Civil Veterinary Department Bihar reports 1936-40 - 1936-1940
Year: 1936
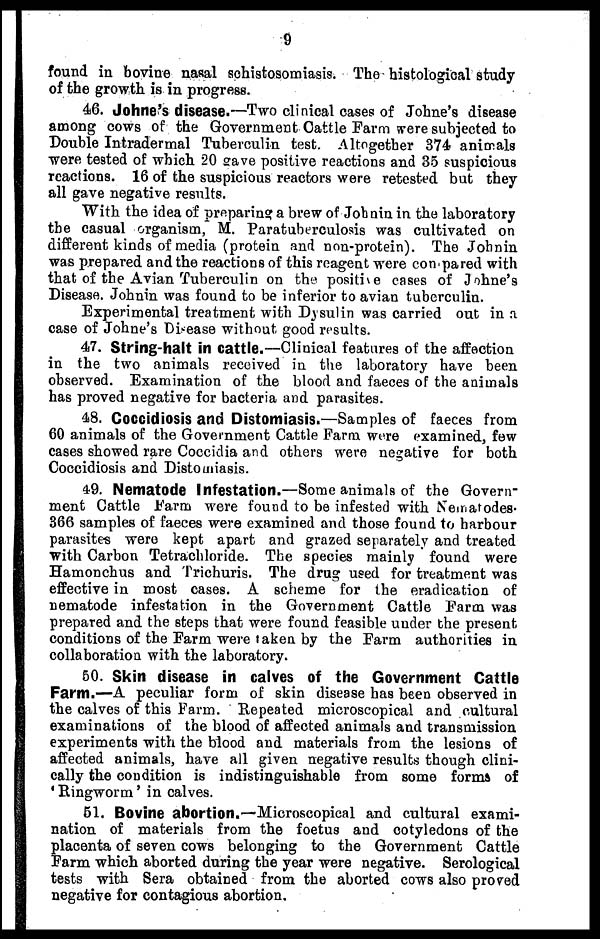
9
found in bovine nasal schistosomiasis. The histological study
of the growth is in progress.
46. Johne's disease.—Two clinical cases of Johne's disease
among cows of the Government Cattle Farm were subjected to
Double Intradermal Tuberculin test. Altogether 374 animals
were tested of which 20 gave positive reactions and 35 suspicious
reactions. 16 of the suspicious reactors were retested but they
all gave negative results.
With the idea of preparing a brew of Jobnin in the laboratory
the casual organism, M. Paratuberculosis was cultivated on
different kinds of media (protein and non-protein). The Johnin
was prepared and the reactions of this reagent were compared with
that of the Avian Tuberculin on the positive cases of Johne's
Disease. Johnin was found to be inferior to avian tuberculin.
Experimental treatment with Dysulin was carried out in a
case of Johne's Disease without good results.
47. String-halt in cattle.—Clinical features of the affection
in the two animals received in the laboratory have been
observed. Examination of the blood and faeces of the animals
has proved negative for bacteria and parasites.
48. Coccidiosis and Distomiasis.—Samples of faeces from
60 animals of the Government Cattle Farm were examined, few
cases showed rare Coccidia and others were negative for both
Coccidiosis and Distomiasis.
49. Nematode Infestation.—Some animals of the Govern-
ment Cattle Farm were found to be infested with Nematodes.
366 samples of faeces were examined and those found to harbour
parasites were kept apart and grazed separately and treated
with Carbon Tetrachloride. The species mainly found were
Hamonchus and Trichuris. The drug used for treatment was
effective in most cases. A scheme for the eradication of
nematode infestation in the Government Cattle Farm was
prepared and the steps that were found feasible under the present
conditions of the Farm were taken by the Farm authorities in
collaboration with the laboratory.
50. Skin disease in calves of the Government Cattle
Farm.—A peculiar form of skin disease has been observed in
the calves of this Farm. Repeated microscopical and cultural
examinations of the blood of affected animals and transmission
experiments with the blood and materials from the lesions of
affected animals, have all given negative results though clini-
cally the condition is indistinguishable from some forms of
'Ringworm' in calves.
51. Bovine abortion.—Microscopical and cultural exami-
nation of materials from the foetus and cotyledons of the
placenta of seven cows belonging to the Government Cattle
Farm which aborted during the year were negative. Serological
tests with Sera obtained from the aborted cows also proved
negative for contagious abortion.